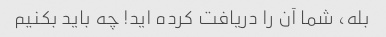
بله، شما آن را دریافت کرده اید! چه باید بکنیم